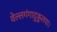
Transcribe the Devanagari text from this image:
वेल्लगंगादुकूलया।